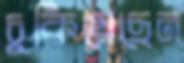
চুকিয়েছেন